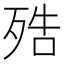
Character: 𣨓